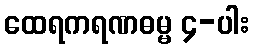
ထေရကရဏဓမ္မ ၄-ပါး